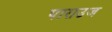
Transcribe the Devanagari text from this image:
पाराउज